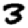
Digit: 3